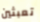
تعبثين